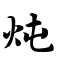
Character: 炖